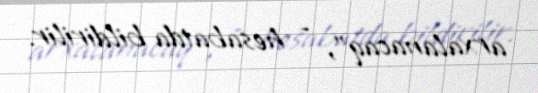
arxalanacaq”, - hesabatda bildirilir.